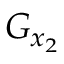
G _ { x _ { 2 } }